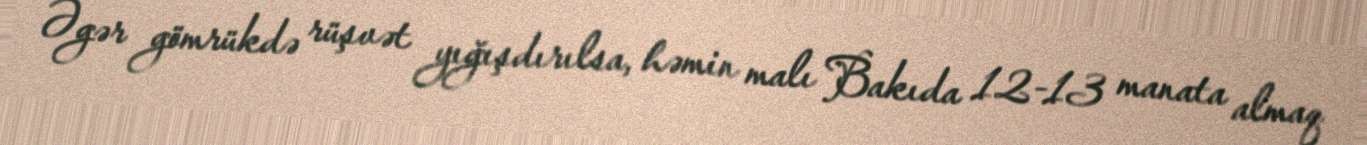
Əgər gömrükdə rüşvət yığışdırılsa, həmin malı Bakıda 12-13 manata almaq